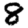
Digit: 8